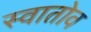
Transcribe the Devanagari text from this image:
स्वातोव